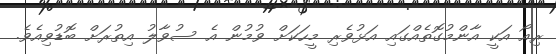
ރިއޯ އަކީ އާންމުގޮތެއްގައި އަޅުވެރި މީހަކަށް ވުމުން އެ ސުވާލު އިތުރަށް ބޮޑުވިއެވެ.